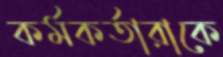
কর্মকর্তারাকে